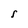
Character: S